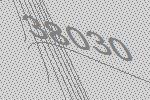
38030